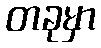
တခုမှာ